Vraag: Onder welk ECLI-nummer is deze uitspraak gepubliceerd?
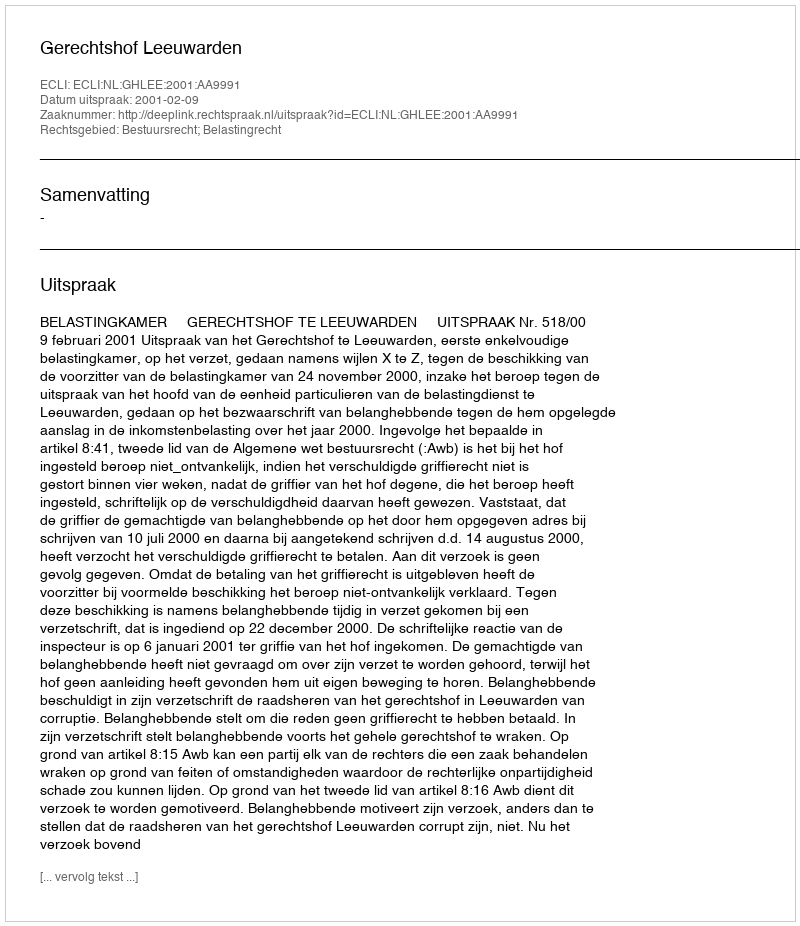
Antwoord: ECLI:NL:GHLEE:2001:AA9991